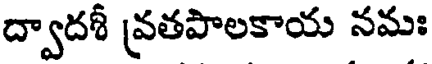
ద్వాదశీ వ్రతపాలకాయ నమః